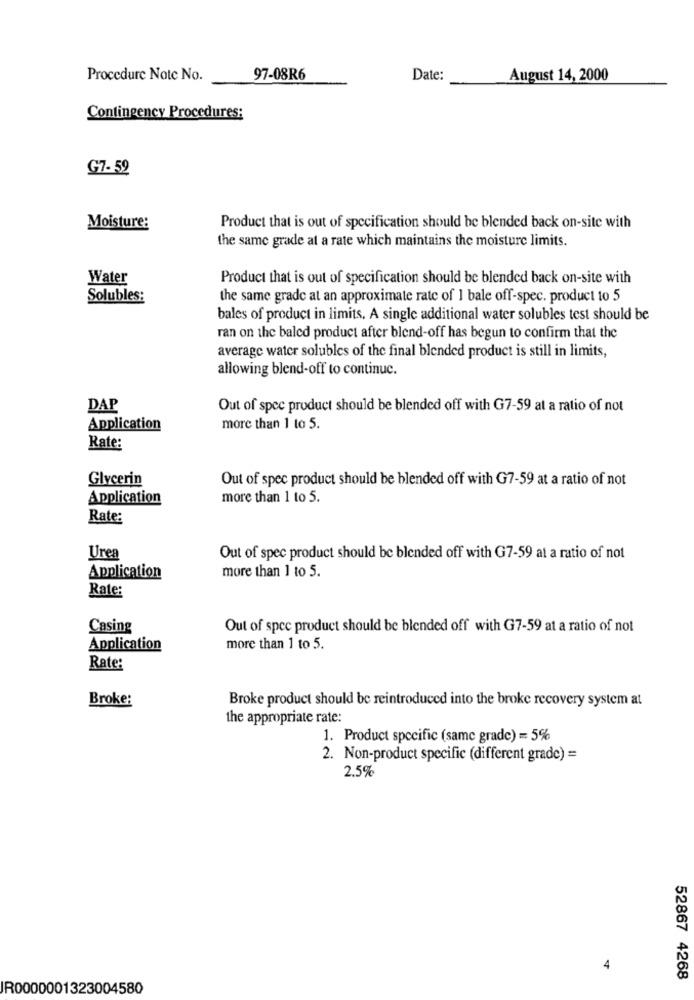
Procedure Note No.
97-08R6
Date:
August 14, 2000
Contingency Procedures:
G7-59
Moisture:
Product that is out of specification should be blended back on-site with
the same grade at a rate which maintains the moisture limits.
Water
Product that is out of specification should be blended back on-site with
Solubles:
the same grade at an approximate rate of 1 bale off-spec. product to 5
bales of product in limits. A single additional water solubles test should be
ran on the baled product after blend-off has begun to confirm that the
average water solubles of the final blended product is still in limits,
allowing blend-off to continuc.
DAP
Out of spec product should be blended off with G7-59 at a ratio of not
Application
more than 1 to 5.
Rate:
Glycerin
Out of spec product should be blended off with G7-59 at a ratio of not
Application
more than 1 to 5.
Rate:
Urea
Out of spec product should be blended off with G7-59 at a ratio of not
Application
more than 1 to 5.
Rate:
Casing
Out of spcc product should be blended off with G7-59 at a ratio of not
Application
more than 1 to 5.
Rate:
Broke:
Broke product should be reintroduced into the broke recovery system at
the appropriate rate:
1. Product specific (same grade) = 5%
2. Non-product specific (different grade) =
2.5%
4
52867 4268
IR0000001323004580